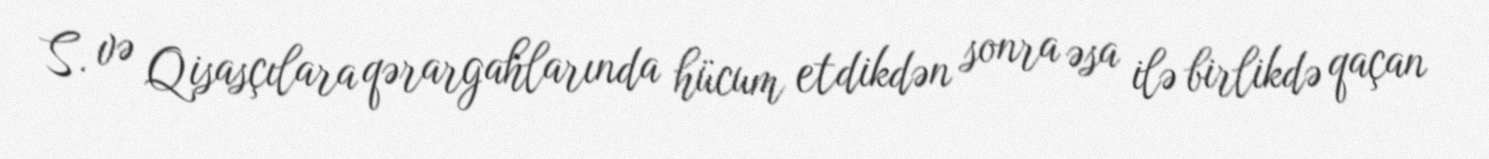
S. və Qisasçılara qərargahlarında hücum etdikdən sonra əsa ilə birlikdə qaçan